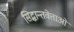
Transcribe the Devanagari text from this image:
सिद्धान्तवेत्ताओं